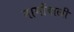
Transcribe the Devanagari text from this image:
नामोंवाली